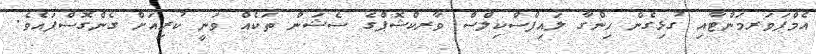
އެމްޕަވަރމަންޓާއި ގުޅިގެން ހިންގާ ލައިފްސްކިލްސް ވާރކްޝޮޕްގެ ސެޝަން ތަކެއް ވަނީ ކުރިއަށް ގެންގޮސްފައެވެ.